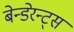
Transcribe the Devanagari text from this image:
बेन्डेरन्ट्स